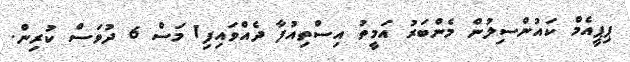
ޕިޕީއެމް ކައުންސިލުން މެންބަރު އަމީތު އިސްތިއުފާ ދެއްވައިފި1 މަސް 6 ދުވަސް ކުރިން.